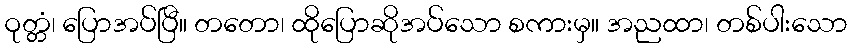
ဝုတ္တံ၊ ပြောအပ်ပြီ။ တတော၊ ထိုပြောဆိုအပ်သော စကားမှ။ အညထာ၊ တစ်ပါးသော